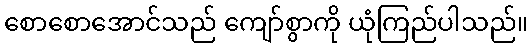
စောစောအောင်သည် ကျော်စွာကို ယုံကြည်ပါသည်။